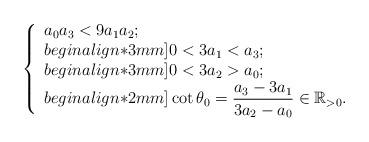
LaTeX: \begin{align*}\left\{\begin{array}{ll}a_0a_3 < 9 a_1 a_2;\\begin{align*}3mm]0<3a_1< a_3;\\begin{align*}3mm]0<3a_2>a_0;\\begin{align*}2mm]\cot\theta_0= \displaystyle\frac{a_3-3a_1}{3a_2-a_0}\in \mathbb{R}_{>0}.\end{array}\right.\end{align*}